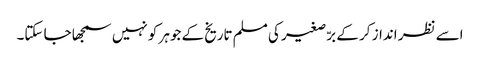
اسے نظر انداز کر کے برّصغیر کی مسلم تاریخ کے جوہر کو نہیں سمجھا جا سکتا۔